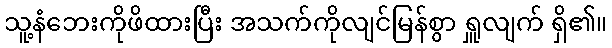
သူ့နံဘေးကိုဖိထားပြီး အသက်ကိုလျင်မြန်စွာ ရှူလျက် ရှိ၏။